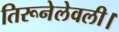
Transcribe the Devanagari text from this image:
तिरूनेलेवली।